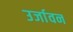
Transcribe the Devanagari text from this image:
उर्जावन